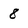
Character: 8